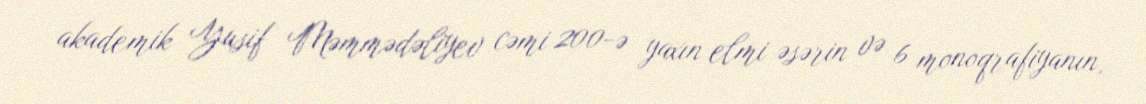
akademik Yusif Məmmədəliyev cəmi 200-ə yaxın elmi əsərin və 6 monoqrafiyanın,